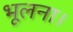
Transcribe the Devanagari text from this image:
भूलना।